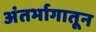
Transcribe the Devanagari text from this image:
अंतर्भागातून